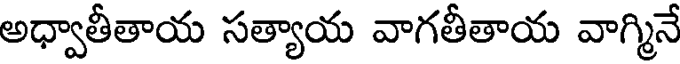
అధ్వాతీతాయ సత్యాయ వాగతీతాయ వాగ్మినే